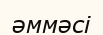
әммәсі